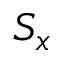
S _ { x }